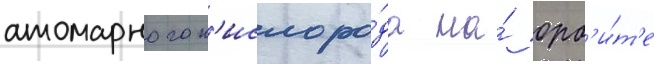
атомарного к'ислоро́да на́ орб'и́т'е